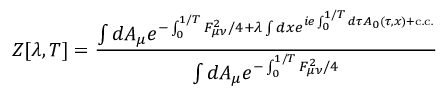
Z [ \lambda , T ] = \frac { \int d A _ { \mu } e ^ { - \int _ { 0 } ^ { 1 / T } F _ { \mu \nu } ^ { 2 } / 4 + \lambda \int d x e ^ { i e \int _ { 0 } ^ { 1 / T } d \tau A _ { 0 } ( \tau , x ) + \mathrm { c . c . } } } } { \int d A _ { \mu } e ^ { - \int _ { 0 } ^ { 1 / T } F _ { \mu \nu } ^ { 2 } / 4 } }